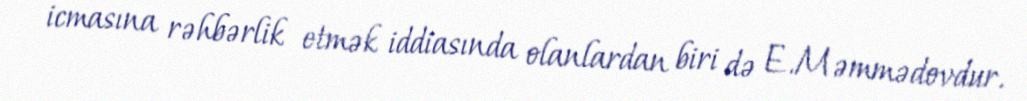
icmasına rəhbərlik etmək iddiasında olanlardan biri də E.Məmmədovdur.